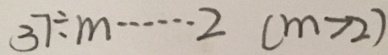
3 7 \div m \cdots 2 ( m > 2 )